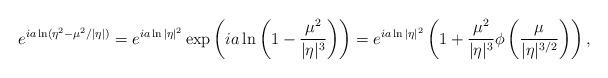
LaTeX: \begin{align*}e^{i a \ln (\eta^2 - \mu^2/|\eta|) } & = e^{i a\ln |\eta|^2} \exp \left( ia \ln \left( 1 - \frac{\mu^2}{|\eta|^3} \right) \right) = e^{i a\ln |\eta|^2} \left( 1 + \frac{\mu^2}{|\eta|^3} \phi \left( \frac{\mu}{|\eta|^{3/2}} \right) \right), \end{align*}